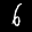
Label: 6